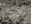
نذكر